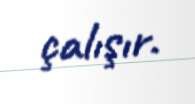
çalışır.